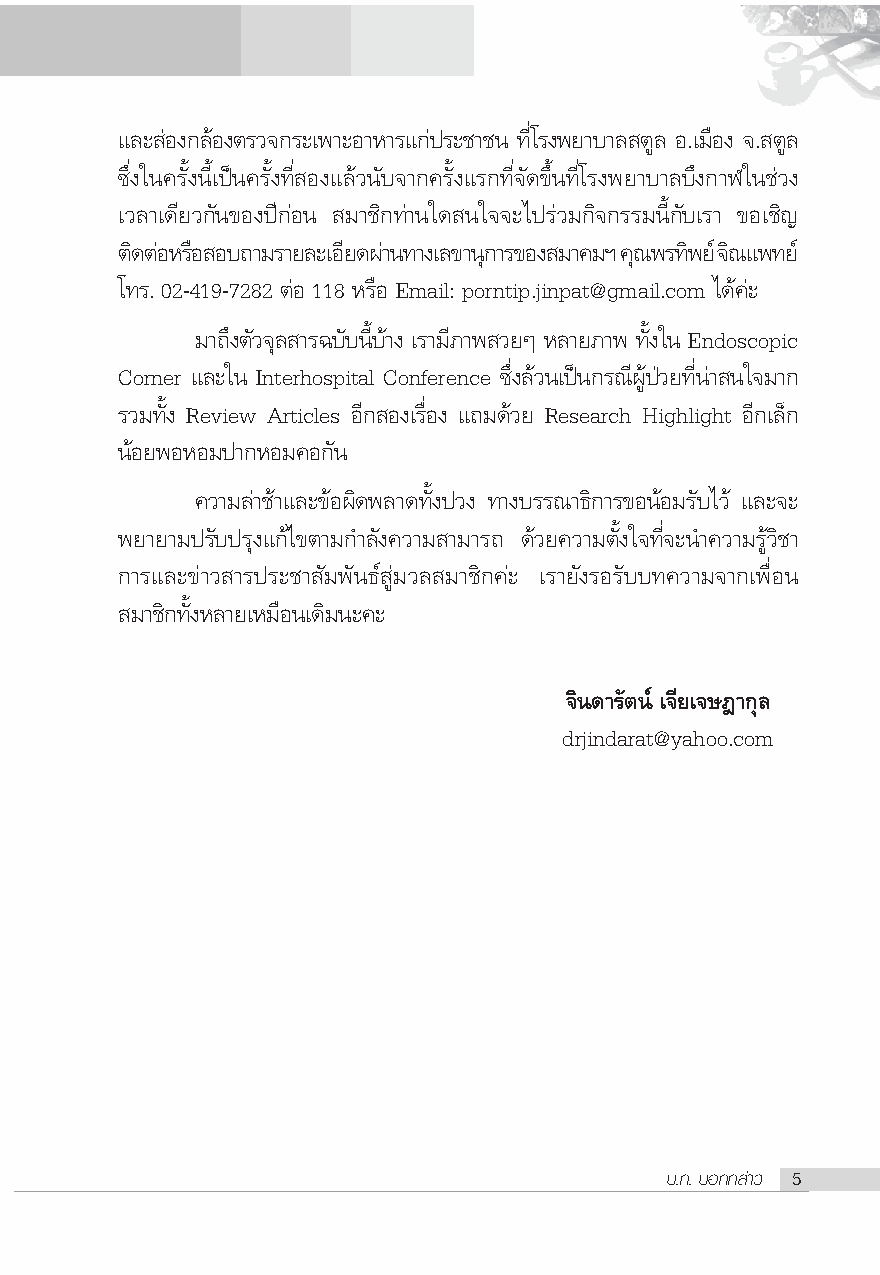
·≈– àÕß°≈âÕßμ√«®°√–‡æ“–Õ“À“√·°àª√–™“™π ∑’Ë‚√ßæ¬“∫“≈ μŸ≈ Õ.‡¡◊Õß ®. μŸ≈
 ´÷Ëß„π§√—Èßπ’È‡ªìπ§√—Èß∑’Ë Õß·≈â«π—∫®“°§√—Èß·√°∑’Ë®—¥¢÷Èπ∑’Ë‚√ßæ¬“∫“≈∫÷ß°“Ã„π™à«ß
 ‡«≈“‡¥’¬«°—π¢Õßªï°àÕπ ¡“™‘°∑à“π„¥ π„®®–‰ª√à«¡°‘®°√√¡π’È°—∫‡√“ ¢Õ‡™‘≠
 μ¥‘ μÕà À√Õ◊ Õ∫∂“¡√“¬≈–‡Õ¬’ ¥º“à π∑“ß‡≈¢“π°ÿ “√¢Õß ¡“§¡œ §≥ÿ æ√∑æ‘ ¬ å®≥‘ ·æ∑¬å
 ‚∑√. 02-419-7282 μàÕ 118 À√◊Õ Email: porntip.jinpat@gmail.com ‰¥â§à–
 ¡“∂÷ßμ—«®ÿ≈ “√©∫—∫π’È∫â“ß ‡√“¡’¿“æ «¬Ê À≈“¬¿“æ ∑—Èß„π Endoscopic
 Corner ·≈–„π Interhospital Conference ´÷Ëß≈â«π‡ªìπ°√≥’ºŸâªÉ«¬∑’Ëπà“ π„®¡“°
 √«¡∑—Èß Review Articles Õ’° Õß‡√◊ËÕß ·∂¡¥â«¬ Research Highlight Õ’°‡≈Á°
 πâÕ¬æÕÀÕ¡ª“°ÀÕ¡§Õ°—π
 §«“¡≈à“™â“·≈–¢âÕº‘¥æ≈“¥∑—Èßª«ß ∑“ß∫√√≥“∏‘°“√¢ÕπâÕ¡√—∫‰«â ·≈–®–
 æ¬“¬“¡ª√—∫ª√ÿß·°â‰¢μ“¡°”≈—ß§«“¡ “¡“√∂ ¥â«¬§«“¡μ—Èß„®∑’Ë®–π”§«“¡√Ÿâ«‘™“
 °“√·≈–¢à“« “√ª√–™“ —¡æ—π∏å Ÿà¡«≈ ¡“™‘°§à– ‡√“¬—ß√Õ√—∫∫∑§«“¡®“°‡æ◊ËÕπ
 ¡“™‘°∑—ÈßÀ≈“¬‡À¡◊Õπ‡¥‘¡π–§–
 ®‘π¥“√—μπå ‡®’¬‡®…Æ“°ÿ≈
 drjindarat@yahoo.com
 ∫.°. ∫Õ°°≈à“« 5